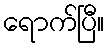
ရောက်ပြီ။